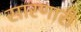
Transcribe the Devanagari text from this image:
सारणारी